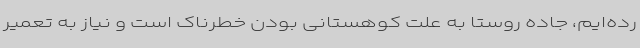
رده‌ایم، جاده روستا به علت کوهستانی بودن خطرناک است و نیاز به تعمیر